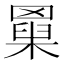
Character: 𦌆